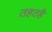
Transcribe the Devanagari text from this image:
तहतहै